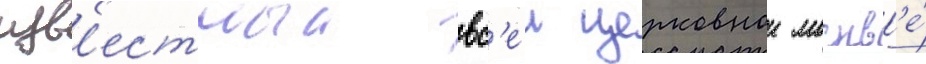
изв'естныи вс'еи церковнои москв'е́